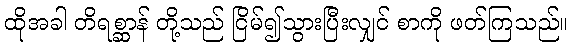
ထိုအခါ တိရစ္ဆာန် တို့သည် ငြိမ်၍သွားပြီးလျှင် စာကို ဖတ်ကြသည်။